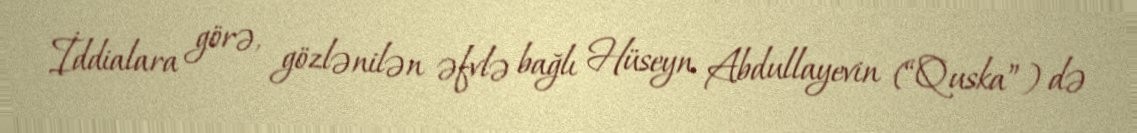
İddialara görə, gözlənilən əfvlə bağlı Hüseyn Abdullayevin (“Quska”) də